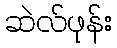
ဆဲလ်ဖုန်း